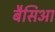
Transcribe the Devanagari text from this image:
बैसिआ